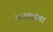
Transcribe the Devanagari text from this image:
राजतंत्रांचा